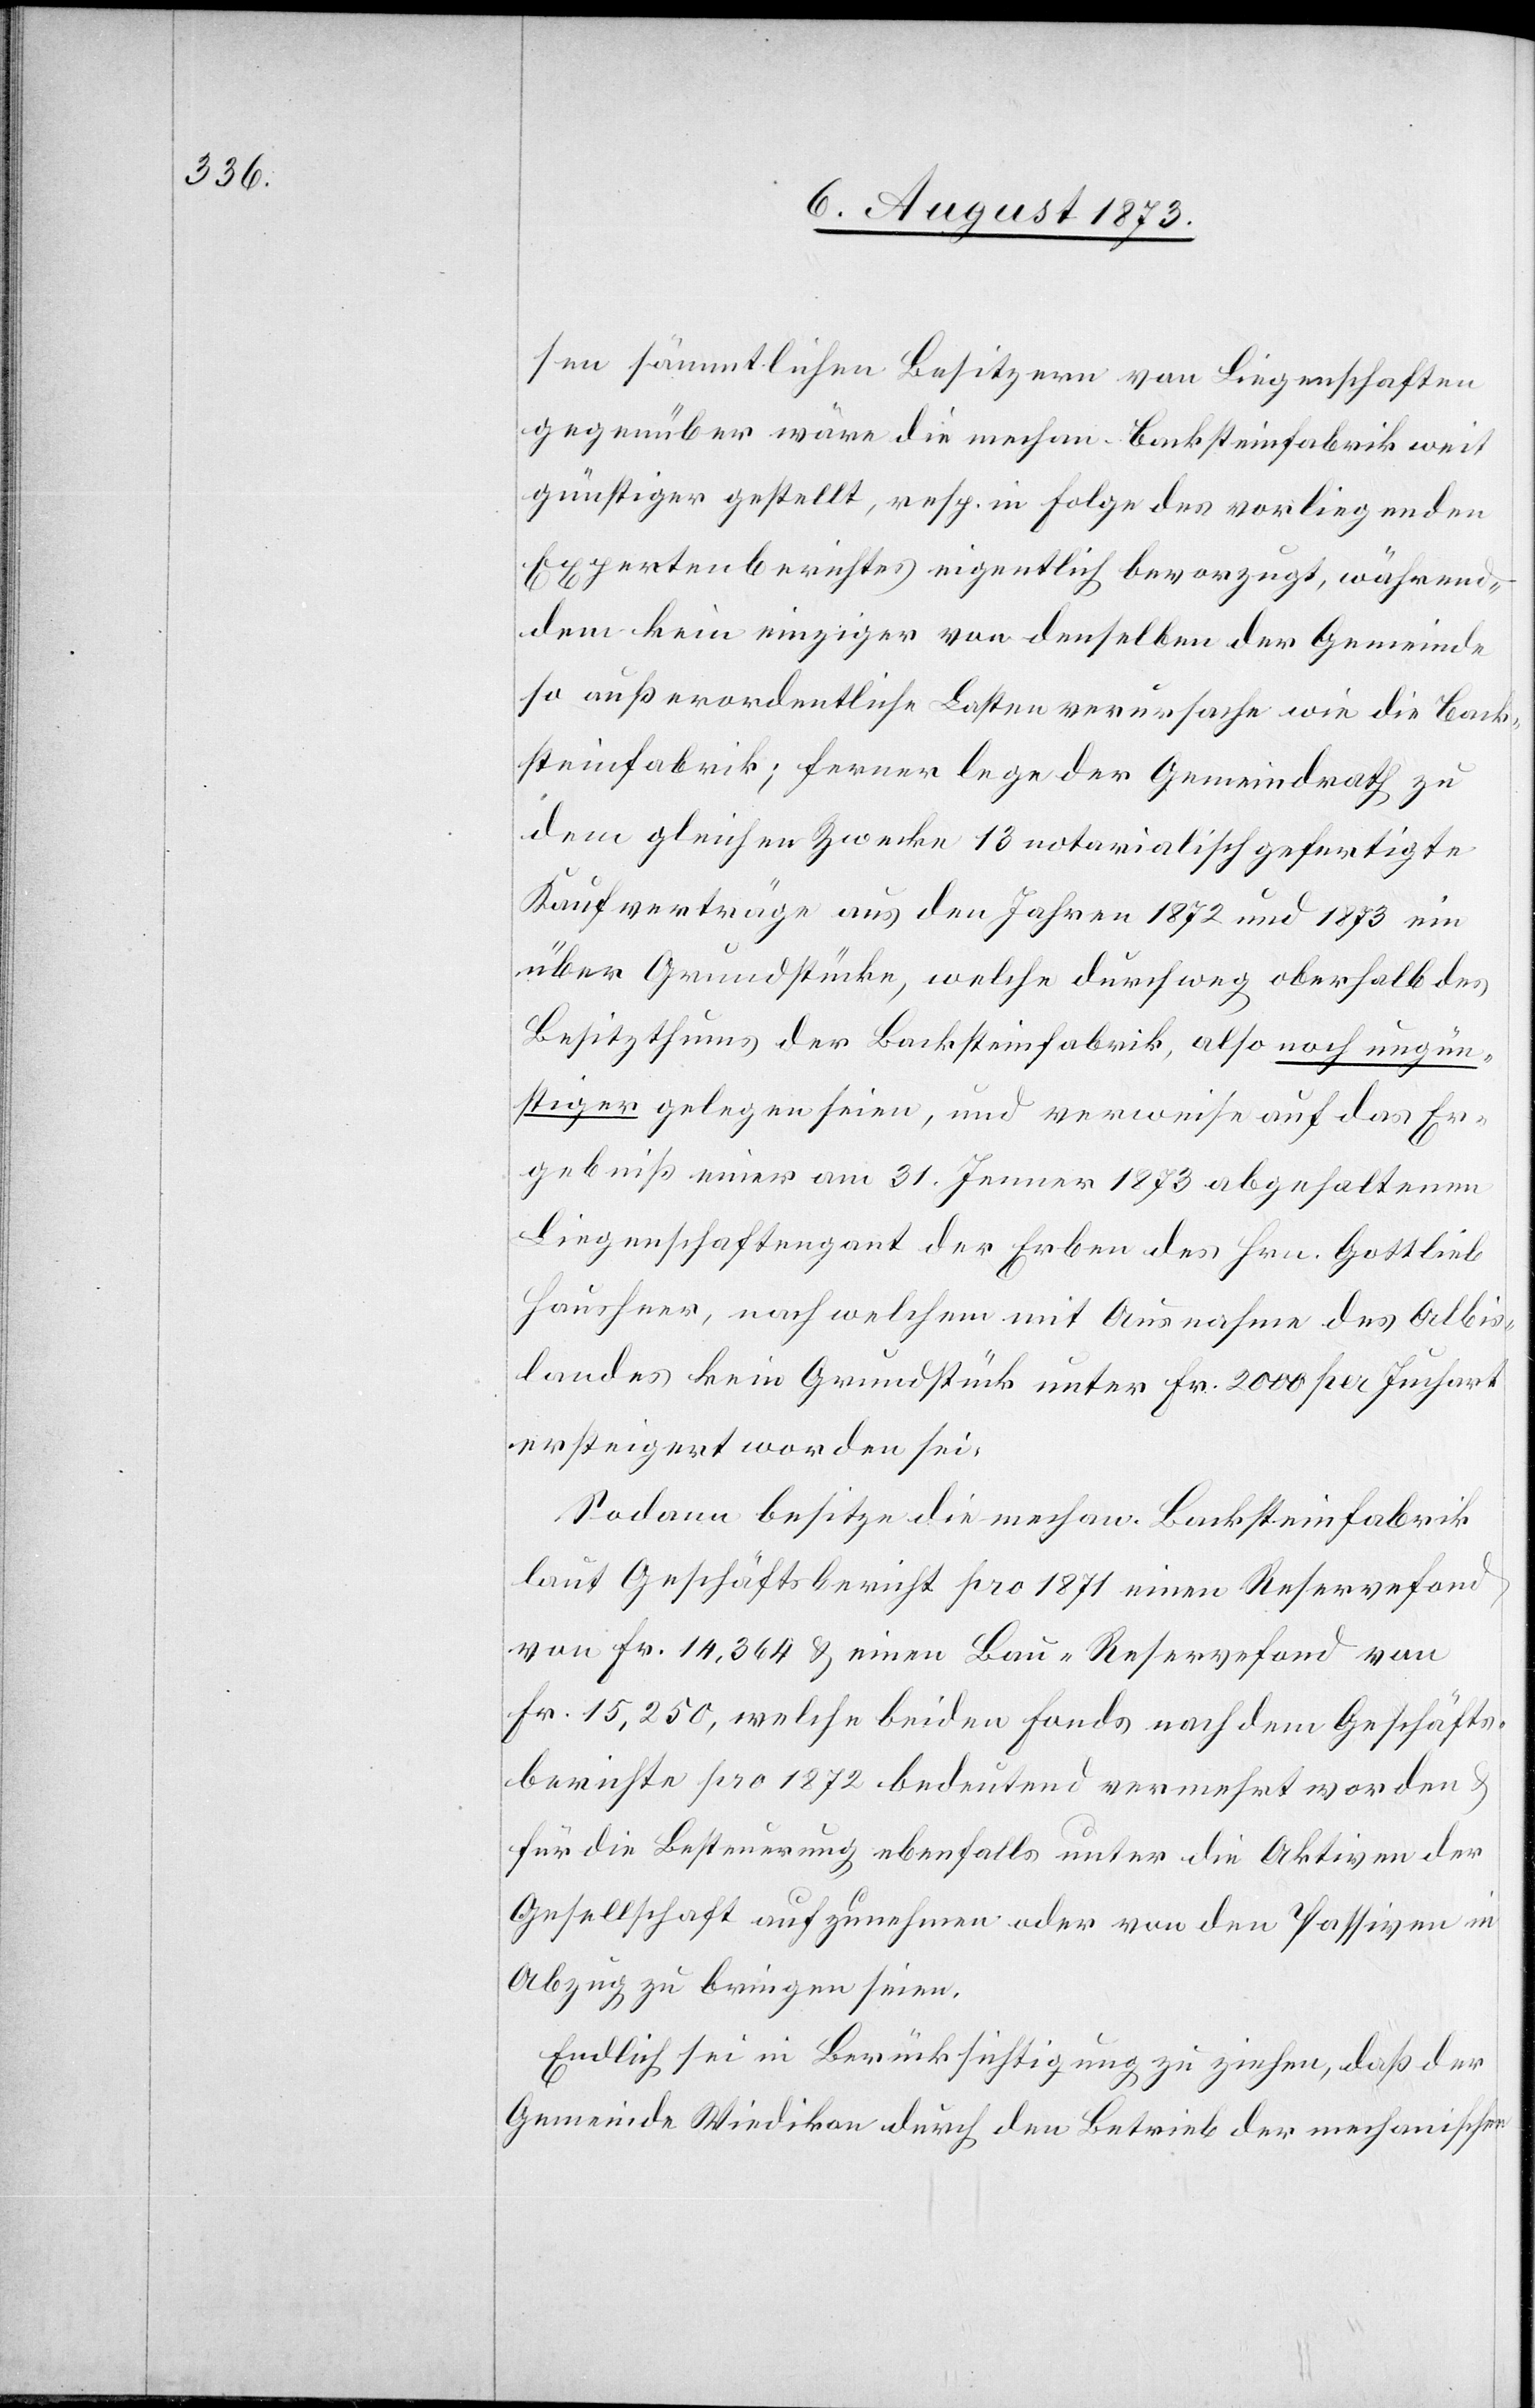
sen sämmtlichen Besitzern von Liegenschaften
gegenüber wäre die mechan. Backsteinfabrik weit
günstiger gestellt, resp. in Folge des vorliegenden
Expertenberichtes eigentlich bevorzugt, während¬
dem kein einziger von denselben der Gemeinde
so außerordentliche Lasten verursache wie die Back¬
steinfabrik; ferner lege der Gemeindrath zu
dem gleichen Zwecke 13 notarialisch gefertigte
Kaufverträge aus den Jahren 1872 und 1873 ein
über Grundstücke, welche durchweg oberhalb des
Besitzthums der Backsteinfabrik, also noch ungün¬
stiger gelegen seien, und verweise auf das Er¬
gebniß einer am 31. Jenner 1873 abgehaltenen
Liegenschaftengant der Erben des Hrn. Gottlieb
Hausheer, nach welchem mit Ausnahme des Albis¬
landes kein Grundstück unter Fr. 2 000 per Juchart
ersteigert worden sei.
Sodann besitze die mechan. Backsteinfabrik
laut Geschäftsbericht pro 1871 einen Reservefond
von Fr. 14,364 & einen Bau-Reservefond von
Fr. 15,250, welche beiden Fonds nach dem Geschäfts¬
berichte pro 1872 bedeutend vermehrt worden &
für die Besteuerung ebenfalls unter die Aktiven der
Gesellschaft aufzunehmen oder von den Passiven in
Abzug zu bringen seien.
Endlich sei in Berücksichtigung zu ziehen, daß der
Gemeinde Wiedikon durch den Betrieb der mechanischen